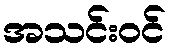
အသင်းဝင်